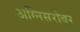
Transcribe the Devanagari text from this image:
अग्निसरोवर